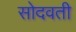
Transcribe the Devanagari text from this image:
सोदवती